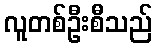
လူတစ်ဦးစီသည်